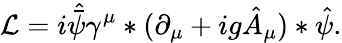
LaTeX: {\cal L}=i\hat{\bar{\psi}}\gamma^{\mu}*(\partial_{\mu}+ig\hat{A}_{\mu})*\hat{\psi}.